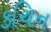
કચિન